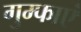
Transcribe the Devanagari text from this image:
गुम्फाएं